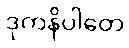
ဒုကနိပါတေ